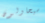
سيحاولون